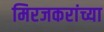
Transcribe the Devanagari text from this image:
मिरजकरांच्या